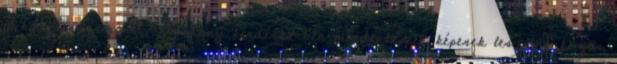
a kongresszuson? – Néhány kérdéskörben mindenképpen képesek leszünk közös